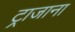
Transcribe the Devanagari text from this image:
ट्राजाना